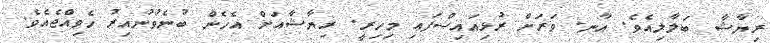
ރިޔާޝާ ބަލާލިއެވެ. އާނ. ވަރަށް ރުޅިއައިސްފައި މިހިރީ. ރިޔާޝާއަށް އެހެން ބުނެވުނުއިރު ހެވިއްޖެއެވެ.